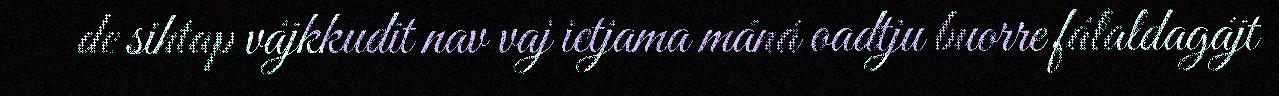
de sihtap vájkkudit nav vaj ietjama máná oadtju buorre fálaldagájt